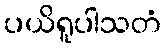
ပယိရူပါသတံ